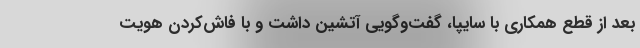
بعد از قطع همکاری با سایپا، گفت‌وگویی آتشین داشت و با فاش‌کردن هویت